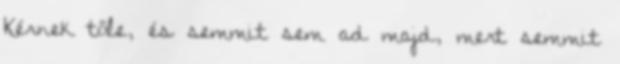
Kérnek tőle, és semmit sem ad majd, mert semmit